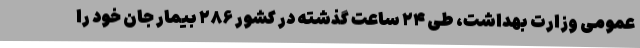
عمومی وزارت بهداشت، طی ۲۴ ساعت گذشته در کشور ۲۸۶ بیمار جان خود را